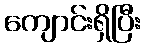
ကျောင်းရှိပြီး